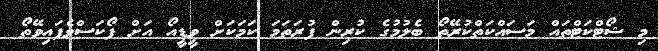
މި ޝޯޓްކަޓްތައް މަސައްކަތްކުރޭތޯ ބެލުމުގެ ކުރިން ފުރަތަމަ ކަމަކަށް ވީޑީއޯ އަށް ފޯކަސްވެފައިވޭތޯ